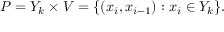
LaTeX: P = Y _ { k } \times V = \{ ( x _ { i } , x _ { i - 1 } ) : x _ { i } \in Y _ { k } \} .